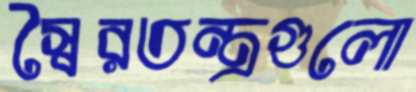
স্বৈরতন্ত্রগুলো